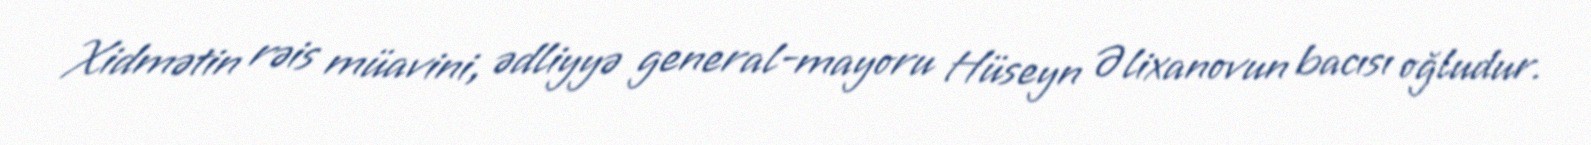
Xidmətin rəis müavini, ədliyyə general-mayoru Hüseyn Əlixanovun bacısı oğludur.